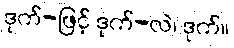
ဒုက်-ဖြင့် ဒုက်-လဲ၊ ဒုက်။